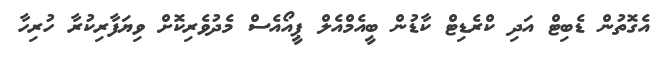
އެގޮތުން ޑެބިޓް އަދި ކްރެޑިޓް ކާޑުން ބީއެމްއެލް ޕީއޯއެސް މެދުވެރިކޮށް ވިޔަފާރިކުރާ ހުރިހާ